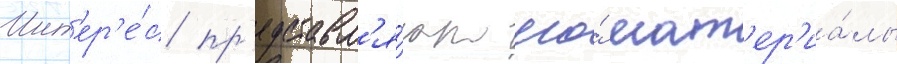
Инт'ер'е́с пр'едставл'я́ют его́ мат'ер'иа́лы